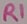
Text: R1